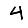
Digit: 4